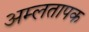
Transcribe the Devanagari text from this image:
अम्लतापक